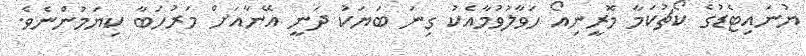
ޔުނައިޓެޑުގެ ކޯޗުކަމާ މޮރީނިއޯ ހަވާލުވުމާއެކު ގިނަ ބަޔަކު ދަނީ އޭނާއަށް މަރުހަބާ ކިޔަމުންނެވެ.